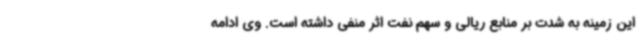
این زمینه به شدت بر منابع ریالی و سهم نفت اثر منفی داشته است. وی ادامه